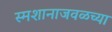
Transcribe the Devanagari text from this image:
स्मशानाजवळच्या